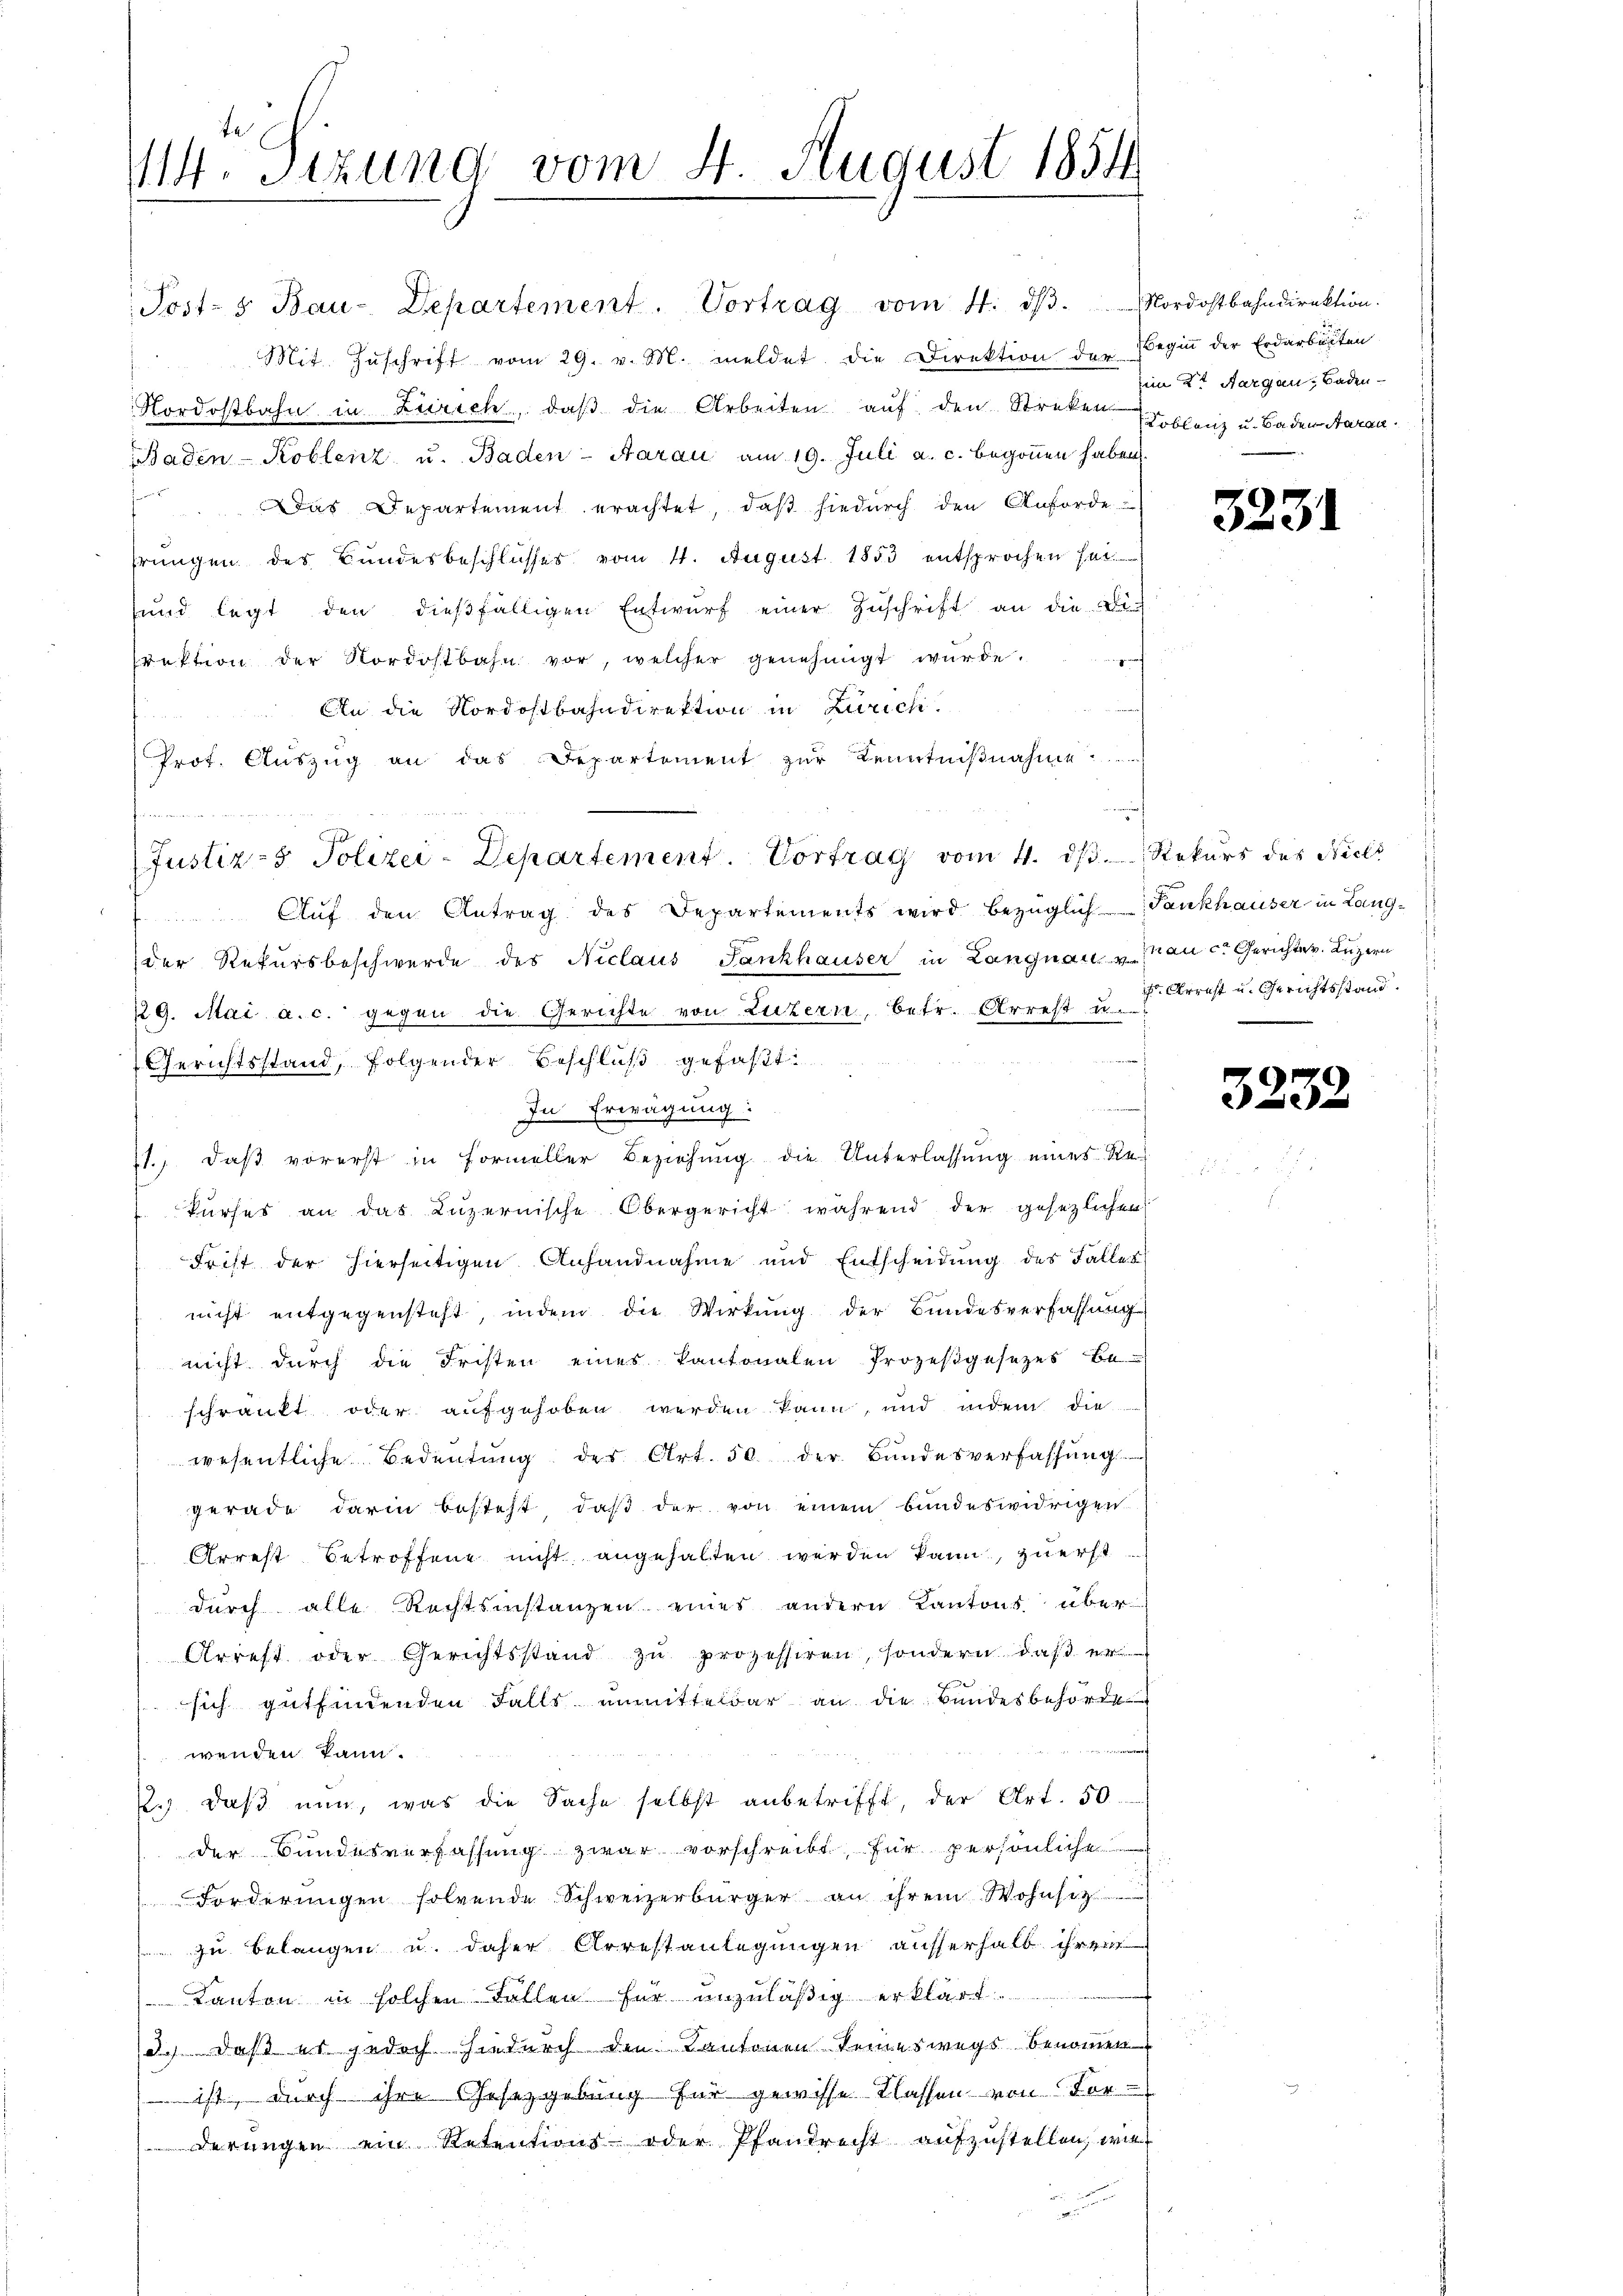
te
114. Sizung vom 4. August 1854.

Post- & Bau-Departement. Vortrag vom 4. dβ. Nordostbahndirektion.
Mit Zŭschrift vom 29. v. M. meldet die Direktion der Beginn der Erdarbeiten
Nordostbahn in Zürich, daß die Arbeiten auf den Streken Toblenz u. Baden Saran.
Baden-Koblenz u. Baden-Aarau am 19. Juli a. c. begonnen haben.
n
Das Departement erachtet, daß hiedurch den Anforde
prungen des Bundesbeschlusses vom 11. August 1853 entsprochen soi
und legt den dieβfälligen Entwŭrf einer Zŭschrift an die Direktion der Nordostbahn vor, welcher genehmigt wurde.
An die Nordostbahndirektion in Zürich.
Prot. Auszug an das Departement zur Kenntnißnahme
n
 Aŭf den Antrag des Departements wird bezüglich-Tankhauser in Langder Rekursbeschwerde des Niclaus Sankhauser in Langnau u au c. Gerichter. Luzern
229. Mai a. c. gegen die Gerichte von Luzern, betr. Arrest u.
Gerichtsstand, folgender Beschluß gefaßt:
In Erwägung:
71., daß vorerst in Formeller Beziehung die Unterlassung eines Re
Turses an das Luzernische Obergericht während der gesezlichen
Frist der hierseitigen Anhandnahme und Entscheidung des Falles
nicht entgegensteht, indem die Wirkung der Bundesverfassung
nicht durch die Fristen eines Kantonalen Prozeßgesetzes be-
schränkt oder aufgehoben werden kann, und indem die
wesentliche Bedeŭtŭng des Art. 50 der Bŭndesverfassŭng
gerade darin besteht, daß der von einem bundeswidrigen
Arrest betroffene nicht angehalten werden kann, zuerst
durch alle Rechtsinstanzen eines andern Kantons über
Arrest oder Gerichtsstand zŭ prozessiren, sondern, daβ er
sich gutfindenden Falls unmittelbar an die Bundesbehörde
wenden kann.
2.), daß nun, was die Sache selbst anbetrifft, der Art. 50.
der Bundesverfassung zwar vorschreibt, für persönliche
Forderungen solvende Schweizerbürger an ihrem Wohnsitz
zu belangen u. daher Arrestanlegungen ausserhalb ihrem
Kanton in solchen Fallen für unzuläßig erklärt
d.) daß es jedoch hiedurch den Kantonen keineswegs benommen
 zu gewisse Klassen von For
derungen ein Retentions- oder Pfandrecht aufzustellen, wie

(Justiz- & Polizei-Departement. Vortrag vom 4. ds. Rekurs des Nicl

in einge

im 2t Aargau, Baden

3231

323.

Arrest u. Gerichtsstand.